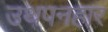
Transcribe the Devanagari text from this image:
उथपनहार